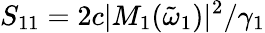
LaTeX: S_{11}=2c|M_{1}(\tilde{\omega}_{1})|^{2}/\gamma_{1}